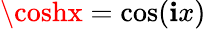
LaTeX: \coshx=\cos(\mathbf{i}x)